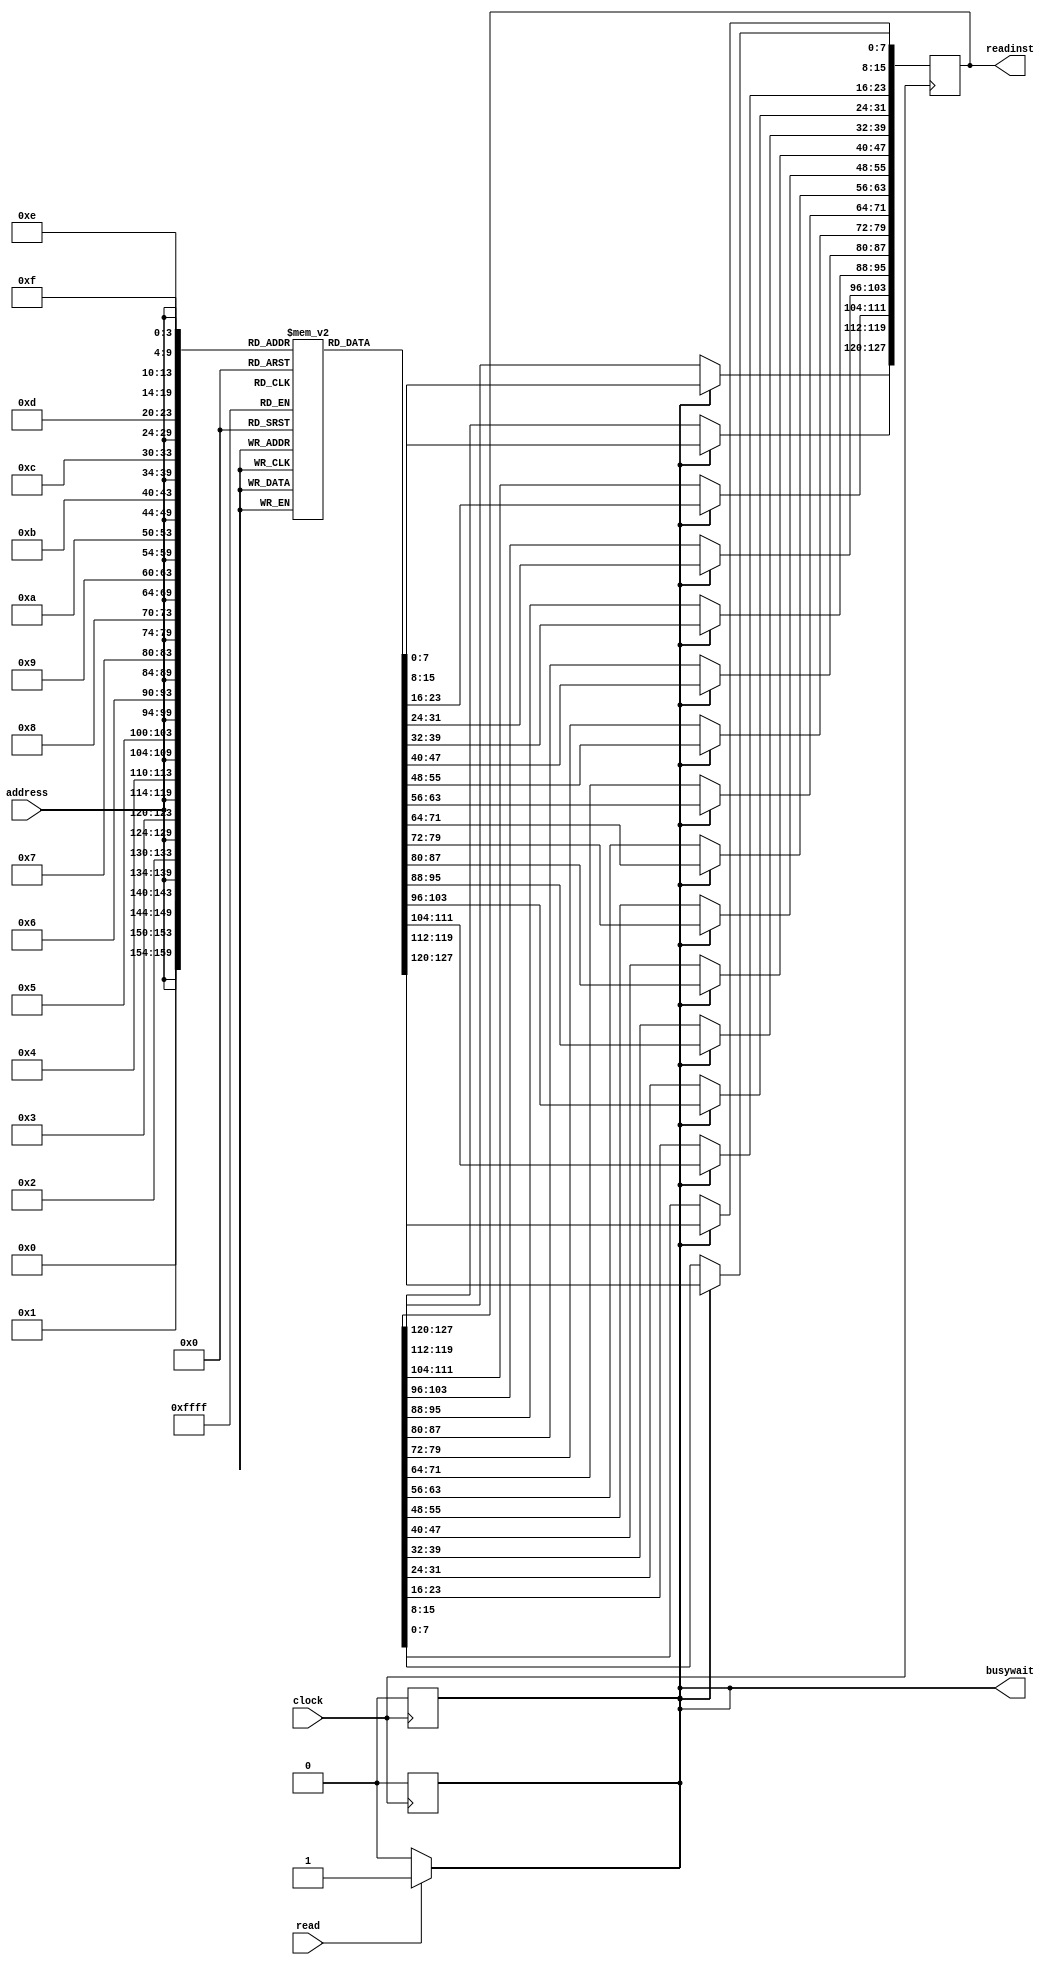
//Instruction memory
`timescale  1ns/100ps

module instruction_memory(
	clock,
	read,
    address,
    readinst,
	busywait
);
input				clock;
input				read;
input[5:0]			address;
output reg [127:0]	readinst;
output reg busywait;

reg readaccess;

//Declare memory array 1024x8-bits 
reg [7:0] memory_array [1023:0];

//Initialize instruction memory

initial
begin
	busywait = 0;
	readaccess = 0;
	// $readmemb("instr_mem.mem", memory_array); 

	// instrutions can be loaded from file or can be harcodeded to the memory module
	
	// // Sample program given below. You may hardcode your software program here, or load it from a file:
    // {memory_array[10'd3],  memory_array[10'd2],  memory_array[10'd1],  memory_array[10'd0]}  = 32'b00000000000001000000000000011001; // loadi 4 #25
    // {memory_array[10'd7],  memory_array[10'd6],  memory_array[10'd5],  memory_array[10'd4]}  = 32'b00000000000001010000000000100011; // loadi 5 #35
    // {memory_array[10'd11], memory_array[10'd10], memory_array[10'd9],  memory_array[10'd8]}  = 32'b00000010000001100000010000000101; // add 6 4 5
    // {memory_array[10'd15], memory_array[10'd14], memory_array[10'd13], memory_array[10'd12]} = 32'b00000000000000010000000001011010; // loadi 1 90
    // {memory_array[10'd19], memory_array[10'd18], memory_array[10'd17], memory_array[10'd16]} = 32'b00000011000000010000000100000100; // sub 1 1 4
end


//Detecting an incoming memory access
always @(read)
begin
    busywait = (read)? 1 : 0;
    readaccess = (read)? 1 : 0;
end


//Reading
always @(posedge clock)
 begin
	if(readaccess)
	begin
		readinst[7:0]     = #40 memory_array[{address,4'b0000}];
		readinst[15:8]    = #40 memory_array[{address,4'b0001}];
		readinst[23:16]   = #40 memory_array[{address,4'b0010}];
		readinst[31:24]   = #40 memory_array[{address,4'b0011}];
		readinst[39:32]   = #40 memory_array[{address,4'b0100}];
		readinst[47:40]   = #40 memory_array[{address,4'b0101}];
		readinst[55:48]   = #40 memory_array[{address,4'b0110}];
		readinst[63:56]   = #40 memory_array[{address,4'b0111}];
		readinst[71:64]   = #40 memory_array[{address,4'b1000}];
		readinst[79:72]   = #40 memory_array[{address,4'b1001}];
		readinst[87:80]   = #40 memory_array[{address,4'b1010}];
		readinst[95:88]   = #40 memory_array[{address,4'b1011}];
		readinst[103:96]  = #40 memory_array[{address,4'b1100}];
		readinst[111:104] = #40 memory_array[{address,4'b1101}];
		readinst[119:112] = #40 memory_array[{address,4'b1110}];
		readinst[127:120] = #40 memory_array[{address,4'b1111}];
		busywait = 0;
		readaccess = 0;
	end
end
 
endmodule